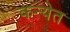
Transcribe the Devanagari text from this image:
कन्येत